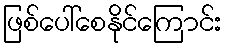
ဖြစ်ပေါ်စေနိုင်ကြောင်း